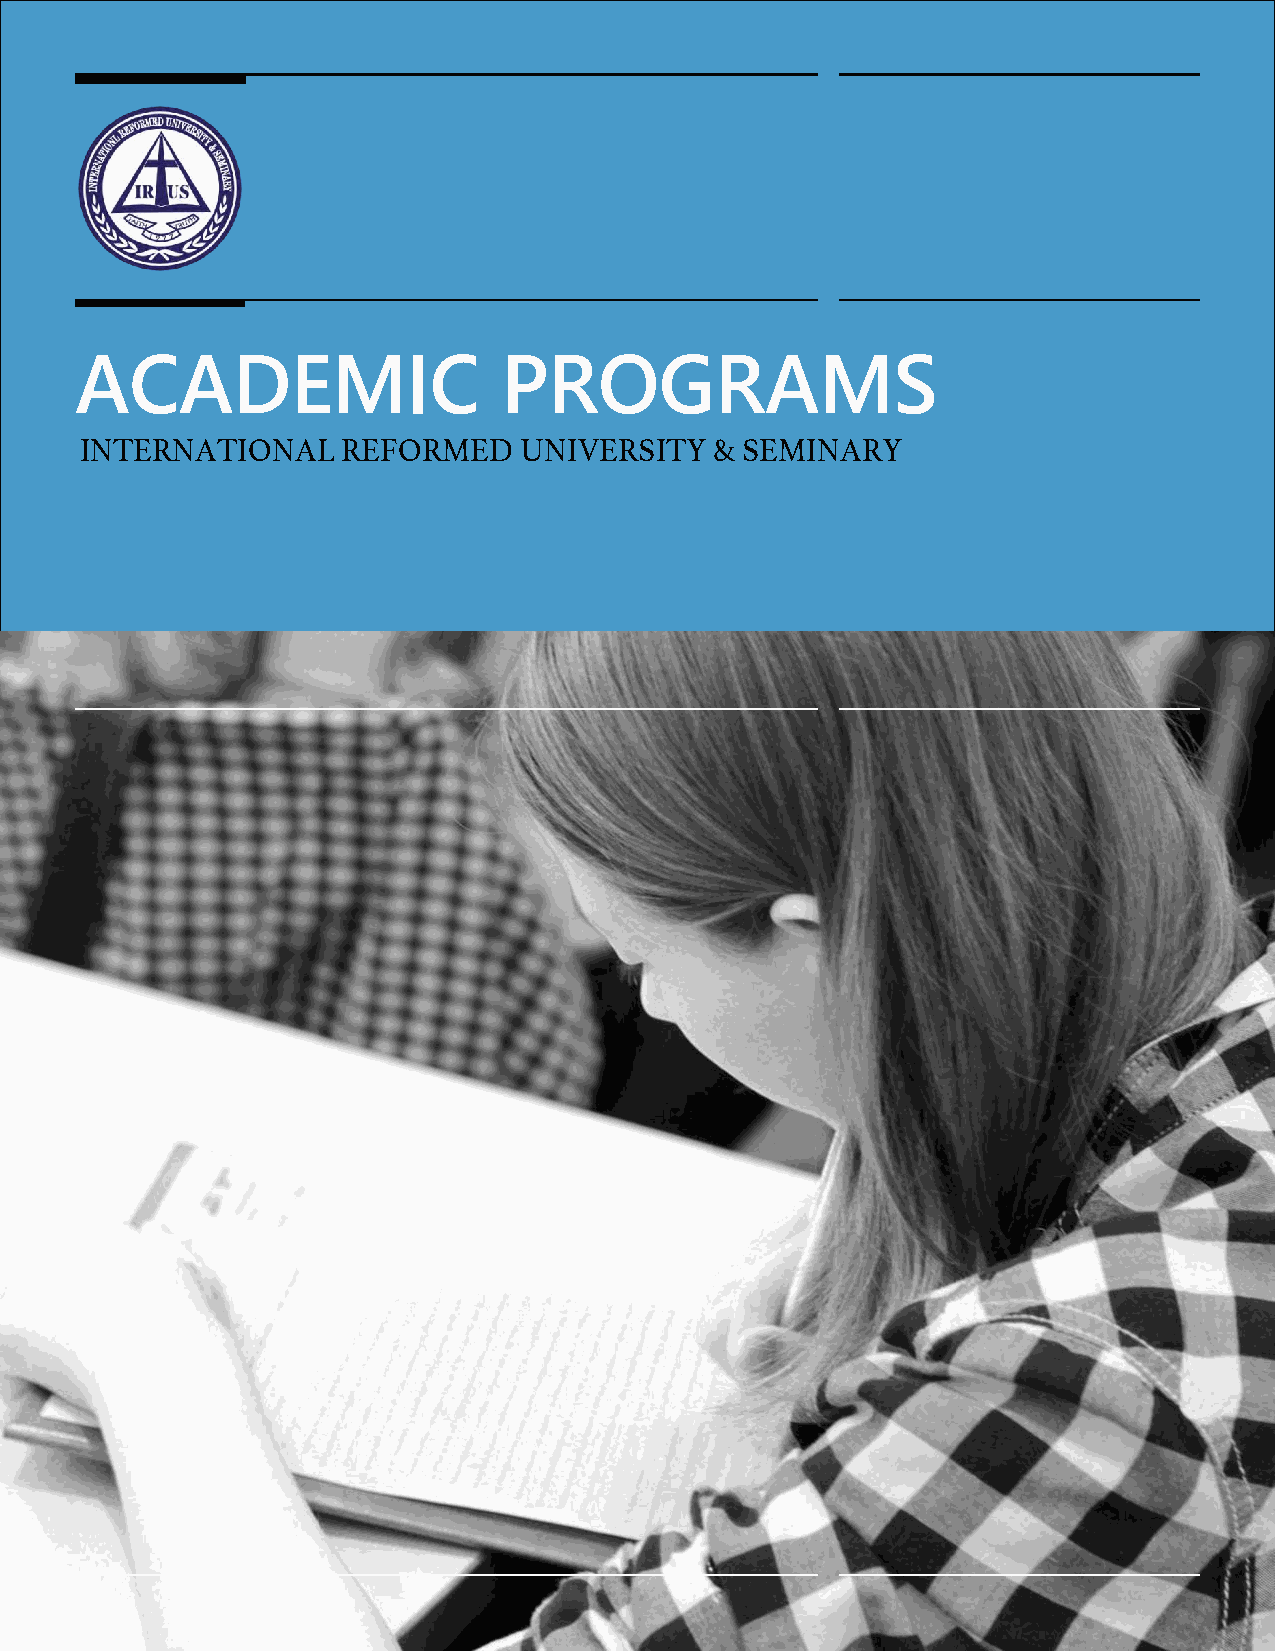
ACADEMIC                    PROGRAMS
 INTERNATIONAL     REFORMED   UNIVERSITY   & SEMINARY